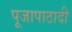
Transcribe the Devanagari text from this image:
पूजापाठादी